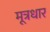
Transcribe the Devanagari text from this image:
मूत्रधार